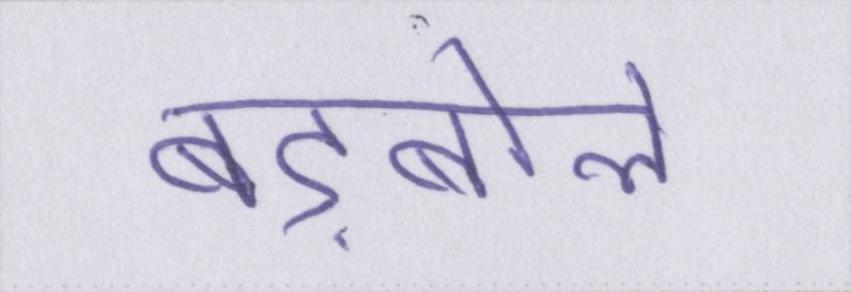
बड़बोले